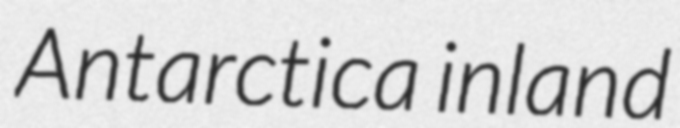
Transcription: Antarctica inland